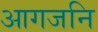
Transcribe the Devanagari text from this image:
आगजनि